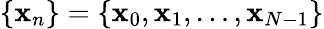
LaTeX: \{ \mathbf{x}_{n}\} =\left\{ \mathbf{x}_{0},\mathbf{x}_{1},\dots,\mathbf{x}_{N-1}\right\}